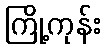
ကြို့ကုန်း